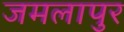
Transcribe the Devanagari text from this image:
जमलापुर